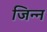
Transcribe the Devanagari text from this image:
जिन्‍न